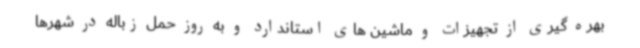
بهره گیری از تجهیزات و ماشین های استاندارد و به روز حمل زباله در شهرها